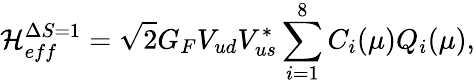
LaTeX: {\cal H}_{eff}^{\Delta S=1}=\sqrt{2}G_{F}V_{ud}V_{us}^{*}\sum_{i=1}^{8}C_{i}(\mu)Q_{i}(\mu),